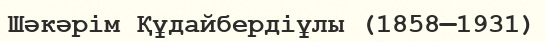
Шәкәрім Құдайбердіұлы (1858—1931)